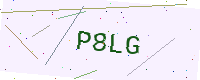
Text: P8LG